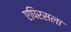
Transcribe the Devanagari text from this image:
एपिरसला